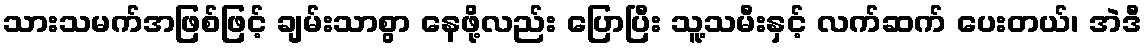
သားသမက်အဖြစ်ဖြင့် ချမ်းသာစွာ နေဖို့လည်း ပြောပြီး သူ့သမီးနှင့် လက်ဆက် ပေးတယ်၊ အဲဒီ